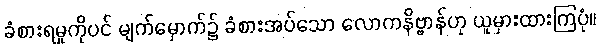
ခံစားရမှုကိုပင် မျက်မှောက်၌ ခံစားအပ်သော လောကနိဗ္ဗာန်ဟု ယူမှားထားကြပုံ။